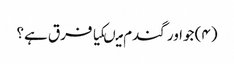
(۴) جواور گندم میںکیا فرق ہے؟